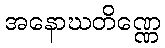
အနောဃတိဏ္ဏေ